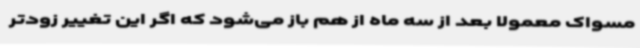
مسواک معمولا بعد از سه ماه از هم باز می‌شود که اگر این تغییر زودتر